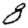
Digit: 8